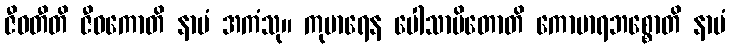
ဇီဝတီတိ ဇီဝကောတိ နာမံ အကံသု။ ကုမာရေန ပေါသာပိတောတိ ကောမာရဘစ္စောတိ နာမံ